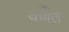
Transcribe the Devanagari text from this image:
वर्णैत